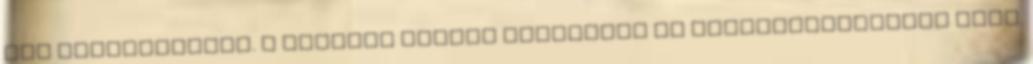
egy mozgószőnyeg. A mellett menjél egyenesen az útlevélvizsgálat felé.